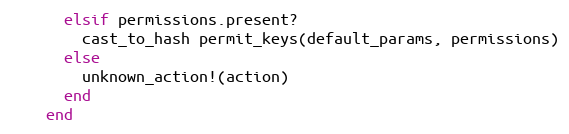
Language: Ruby
      elsif permissions.present?
        cast_to_hash permit_keys(default_params, permissions)
      else
        unknown_action!(action)
      end
    end